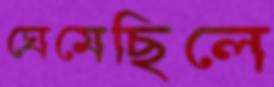
ঘেমেছিলে